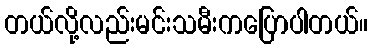
တယ်လို့လည်းမင်းသမီးကပြောပါတယ်။